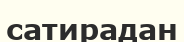
сатирадан